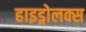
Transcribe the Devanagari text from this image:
हाइड्रोलक्स